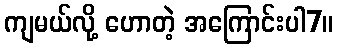
ကျမယ်လို့ ဟောတဲ့ အကြောင်းပါ7။